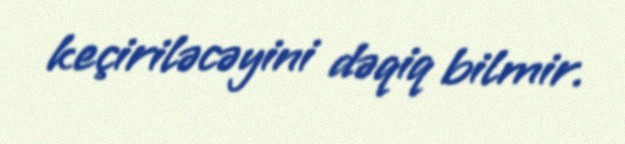
keçiriləcəyini dəqiq bilmir.